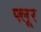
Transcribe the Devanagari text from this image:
फ्लूर